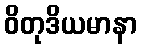
ဝိတုဒိယမာနာ